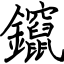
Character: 鑹